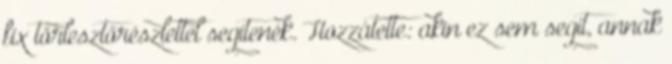
fix törlesztőrészlettel segítenék. Hozzátette: akin ez sem segít, annak